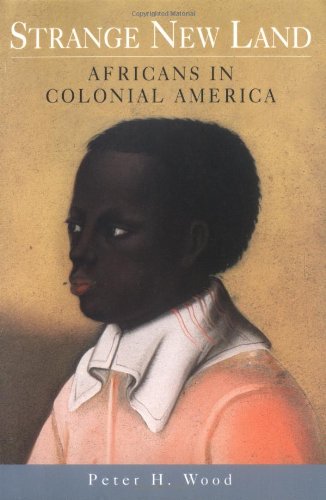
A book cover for Strange New Land: Africans in Colonial America; Peter H. Wood; History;